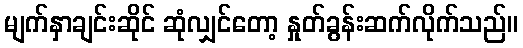
မျက်နှာချင်းဆိုင် ဆုံလျှင်တော့ နှုတ်ခွန်းဆက်လိုက်သည်။